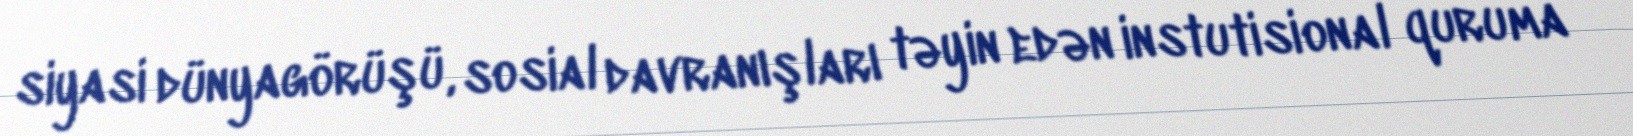
siyasi dünyagörüşü, sosial davranışları təyin edən instutisional quruma